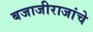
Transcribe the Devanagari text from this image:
बजाजीराजांचे